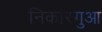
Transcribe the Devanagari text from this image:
निकारगुआ